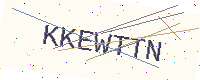
Text: KKEWTTN